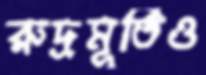
রুদ্রমূর্তিও